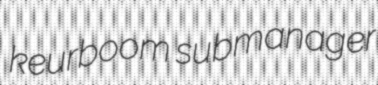
keurboom submanager